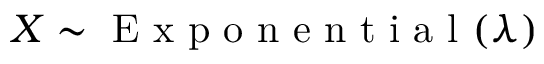
X \sim { \textrm { E x p o n e n t i a l } } ( \lambda )